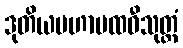
ဒုတိယမဟာပထဝီသုတ္တံ